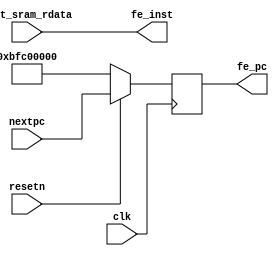
module fetch_stage(
    input  wire        clk,
    input  wire        resetn,

    input  wire [31:0] nextpc,

    input  wire [31:0] inst_sram_rdata,

    output reg  [31:0] fe_pc,           //fetch_stage pc
    output wire  [31:0] fe_inst         //instr code sent from fetch_stage
);

    always @(posedge clk) begin
      if(~resetn) fe_pc <= 32'hbfc00000;
      else fe_pc <= nextpc;
    end
    //////assign fe_pc = 0xbfc00380;

   assign fe_inst = inst_sram_rdata;  

endmodule //fetch_stage